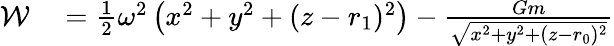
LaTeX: \begin{array}{rl}{{\cal{W}}}&{{}={\frac{1}{2}}\omega^{2}\left(x^{2}+y^{2}+(z-r_{1})^{2}\right)-{\frac{Gm}{\sqrt{x^{2}+y^{2}+(z-r_{0})^{2}}}}}\end{array}